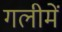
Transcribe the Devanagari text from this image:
गलीमें